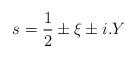
LaTeX: \begin{align*}s=\frac{1}{2}\pm \xi \pm i.Y\end{align*}